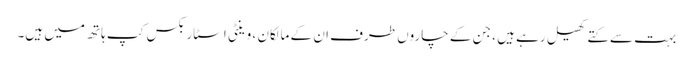
بہت سے کتے کھیل رہے ہیں ، جن کے چاروں طرف ان کے مالکان ، وینٹی اسٹاربکس کپ ہاتھ میں ہیں۔